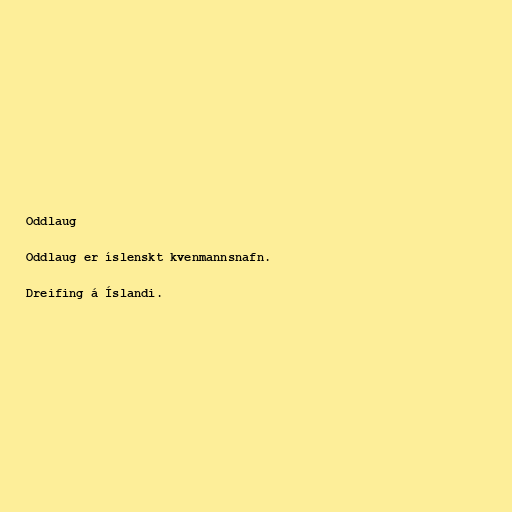
Oddlaug

Oddlaug er íslenskt kvenmannsnafn.

Dreifing á Íslandi.